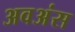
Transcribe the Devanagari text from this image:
अवअंस